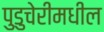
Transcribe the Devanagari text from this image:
पुडुचेरीमधील